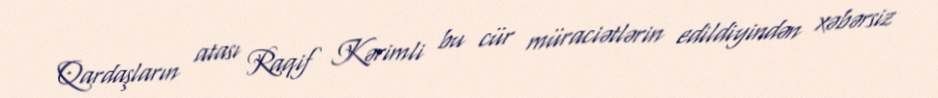
Qardaşların atası Raqif Kərimli bu cür müraciətlərin edildiyindən xəbərsiz